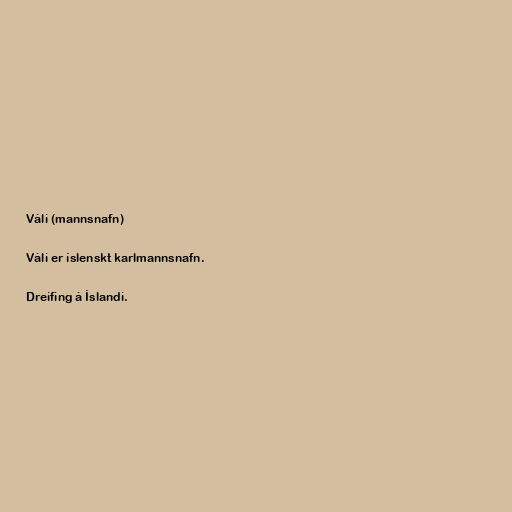
Váli (mannsnafn)

Váli er íslenskt karlmannsnafn.

Dreifing á Íslandi.